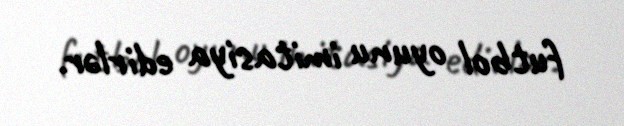
futbol oyunu imitasiya edirlər.